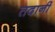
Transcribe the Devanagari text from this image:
तदानीं